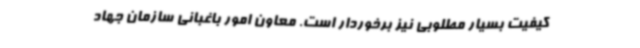
کیفیت بسیار مطلوبی نیز برخوردار است. معاون امور باغبانی سازمان جهاد